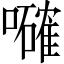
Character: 𡃜